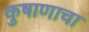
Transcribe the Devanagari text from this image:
कुषाणाचा